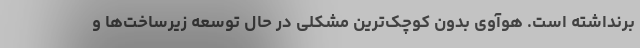
برنداشته است. هوآوی بدون کوچک‌ترین مشکلی در حال توسعه زیرساخت‌ها و